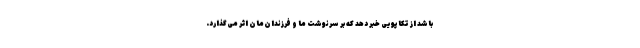
باشد از تکاپویی خبر دهد که بر سرنوشت ما و فرزندان‌مان اثر می‌گذارد.